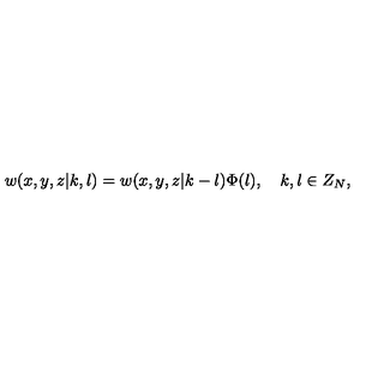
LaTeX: w ( x , y , z | k , l ) = w ( x , y , z | k - l ) \Phi ( l ) , \quad k , l \in Z _ { N } ,